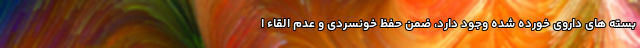
بسته های داروی خورده شده وجود دارد، ضمن حفظ خونسردی و عدم القاء ا